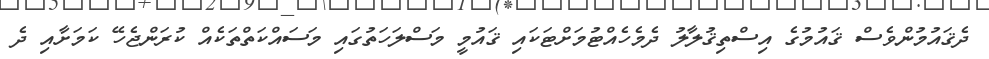
ދެޤައުމުންވެސް ޤައުމުގެ އިސްތިޤުލާލު ދެމެހެއްޓުމަށްޓަކައި ޤައުމީ މަސްލަހަތުގައި މަސައްކަތްތަކެއް ކުރަންޖެހޭ ކަމަށާއި ދެ